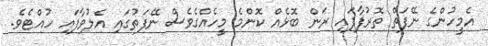
އެމީހުންގެ ނޭފަތް ތޮރުފާފައި ރަން ބޮޅެއް ކޮންމެ މީހެއްގެވެސް ނޭފަތުގައި އެލުވާފައި ހުއްޓެވެ.